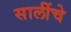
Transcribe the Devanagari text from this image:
सालींचे